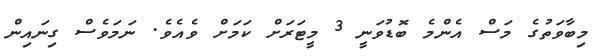
މިބާވަތުގެ މަސް އެންމެ ބޮޑުވަނީ 3 މީޓަރަށް ކަމަށް ވެއެވެ. ނަމަވެސް ގިނައިން